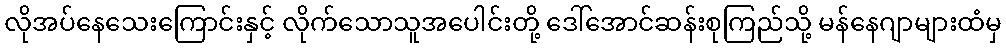
လိုအပ်နေသေးကြောင်းနှင့် လိုက်သောသူအပေါင်းတို့ ဒေါ်အောင်ဆန်းစုကြည်သို့ မန်နေဂျာများထံမှ